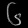
Digit: ၆